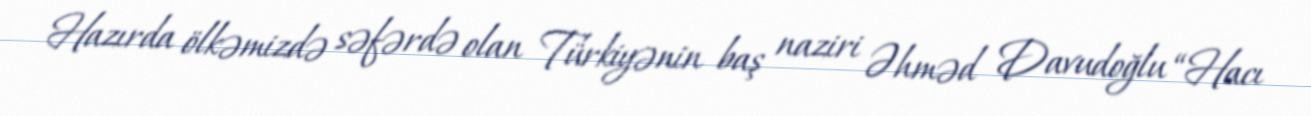
Hazırda ölkəmizdə səfərdə olan Türkiyənin baş naziri Əhməd Davudoğlu “Hacı